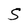
Character: S